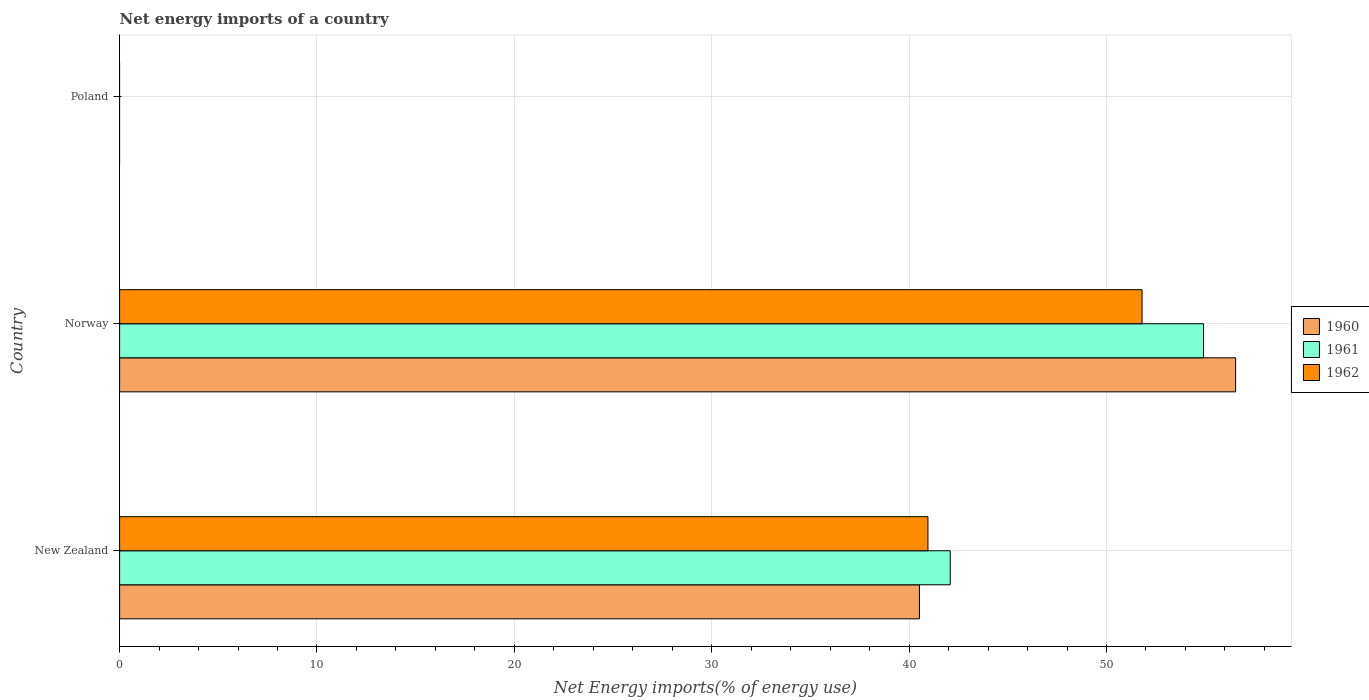
| Country | 1960 | 1961 | 1962 |
 | --- | --- | --- | --- |
 | New Zealand | 40.5 | 42.1 | 41 |
 | Norway | 56.5 | 54.9 | 51.8 |
 | Poland | -19.6 | -17.7 | -14.7 |